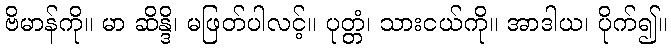
ဗိမာန်ကို။ မာ ဆိန္ဒိ၊ မဖြတ်ပါလင့်။ ပုတ္တံ၊ သားငယ်ကို။ အာဒါယ၊ ပိုက်၍။